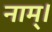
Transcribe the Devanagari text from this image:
नाम्।